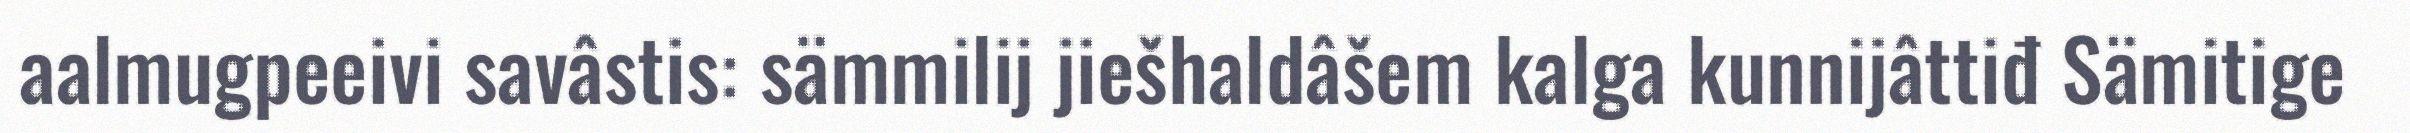
aalmugpeeivi savâstis: sämmilij jiešhaldâšem kalga kunnijâttiđ Sämitige